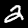
Label: 2